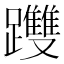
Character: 𨇯